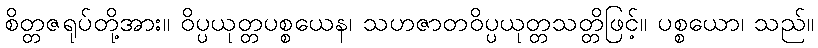
စိတ္တဇရုပ်တို့အား။ ဝိပ္ပယုတ္တပစ္စယေန၊ သဟဇာတဝိပ္ပယုတ္တသတ္တိဖြင့်။ ပစ္စယော၊ သည်။